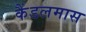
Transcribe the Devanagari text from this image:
कैंडलमास